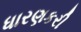
ધારણકરી